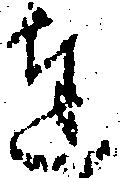
達